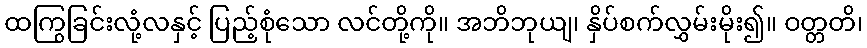
ထကြွခြင်းလုံ့လနှင့် ပြည့်စုံသော လင်တို့ကို။ အဘိဘုယျ၊ နှိပ်စက်လွှမ်းမိုး၍။ ဝတ္တတိ၊